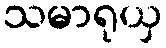
သမာရုယှ